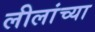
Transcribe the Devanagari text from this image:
लीलांच्या